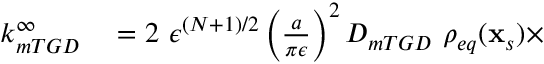
\begin{array} { r l } { k _ { m T G D } ^ { \infty } } & { { } = 2 \ \epsilon ^ { ( N + 1 ) / 2 } \left( \frac { a } { \pi \epsilon } \right) ^ { 2 } D _ { m T G D } \ \rho _ { e q } ( \mathbf { x } _ { s } ) \times } \end{array}